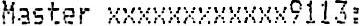
MASTER XXXXXXXXXXXX9113: